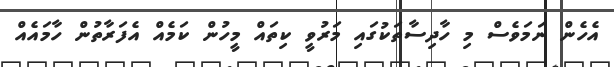
އެހެން ނަމަވެސް މި ހާދިސާތަކުގައި މަރުވީ ކިތައް މީހުން ކަމެއް އެފަރާތުން ހާމައެއް